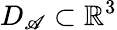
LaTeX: D_{\mathscr{A}}\subset\mathbb{{R}}^{3}